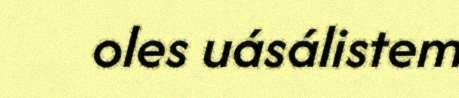
oles uásálistem